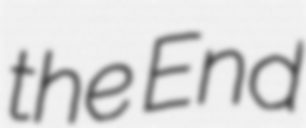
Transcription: the End